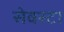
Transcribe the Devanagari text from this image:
सेक्स्टा